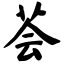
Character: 荟